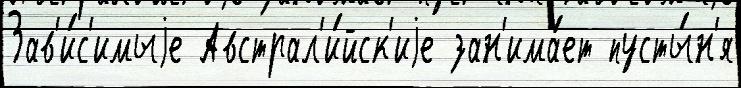
Зав'и́с'имыjе Австрал'и́йск'иjе зан'има́ет пусты́н'я